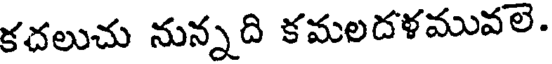
కదలుచు నున్నది కమలదళమువలె.